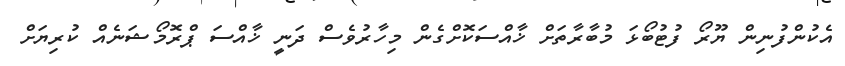
އެކުންފުނިން ޔޫރޯ ފުޓުބޯޅަ މުބާރާތަށް ޚާއްސަކޮށްގެން މިހާރުވެސް ދަނީ ޚާއްސަ ޕްރޮމޯޝަނެއް ކުރިޔަށް